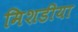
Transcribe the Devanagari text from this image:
मिशडीया